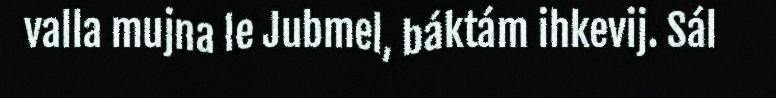
valla mujna le Jubmel, báktám ihkevij. Sál